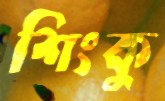
শিংকু